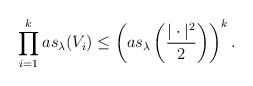
LaTeX: \begin{align*} \prod_{i=1}^k as_\lambda (V_i) \leq \left(as_\lambda \left(\frac {|\cdot |^2}{2}\right)\right)^k.\end{align*}